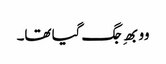
وو بھِ جگ گیا تھا۔